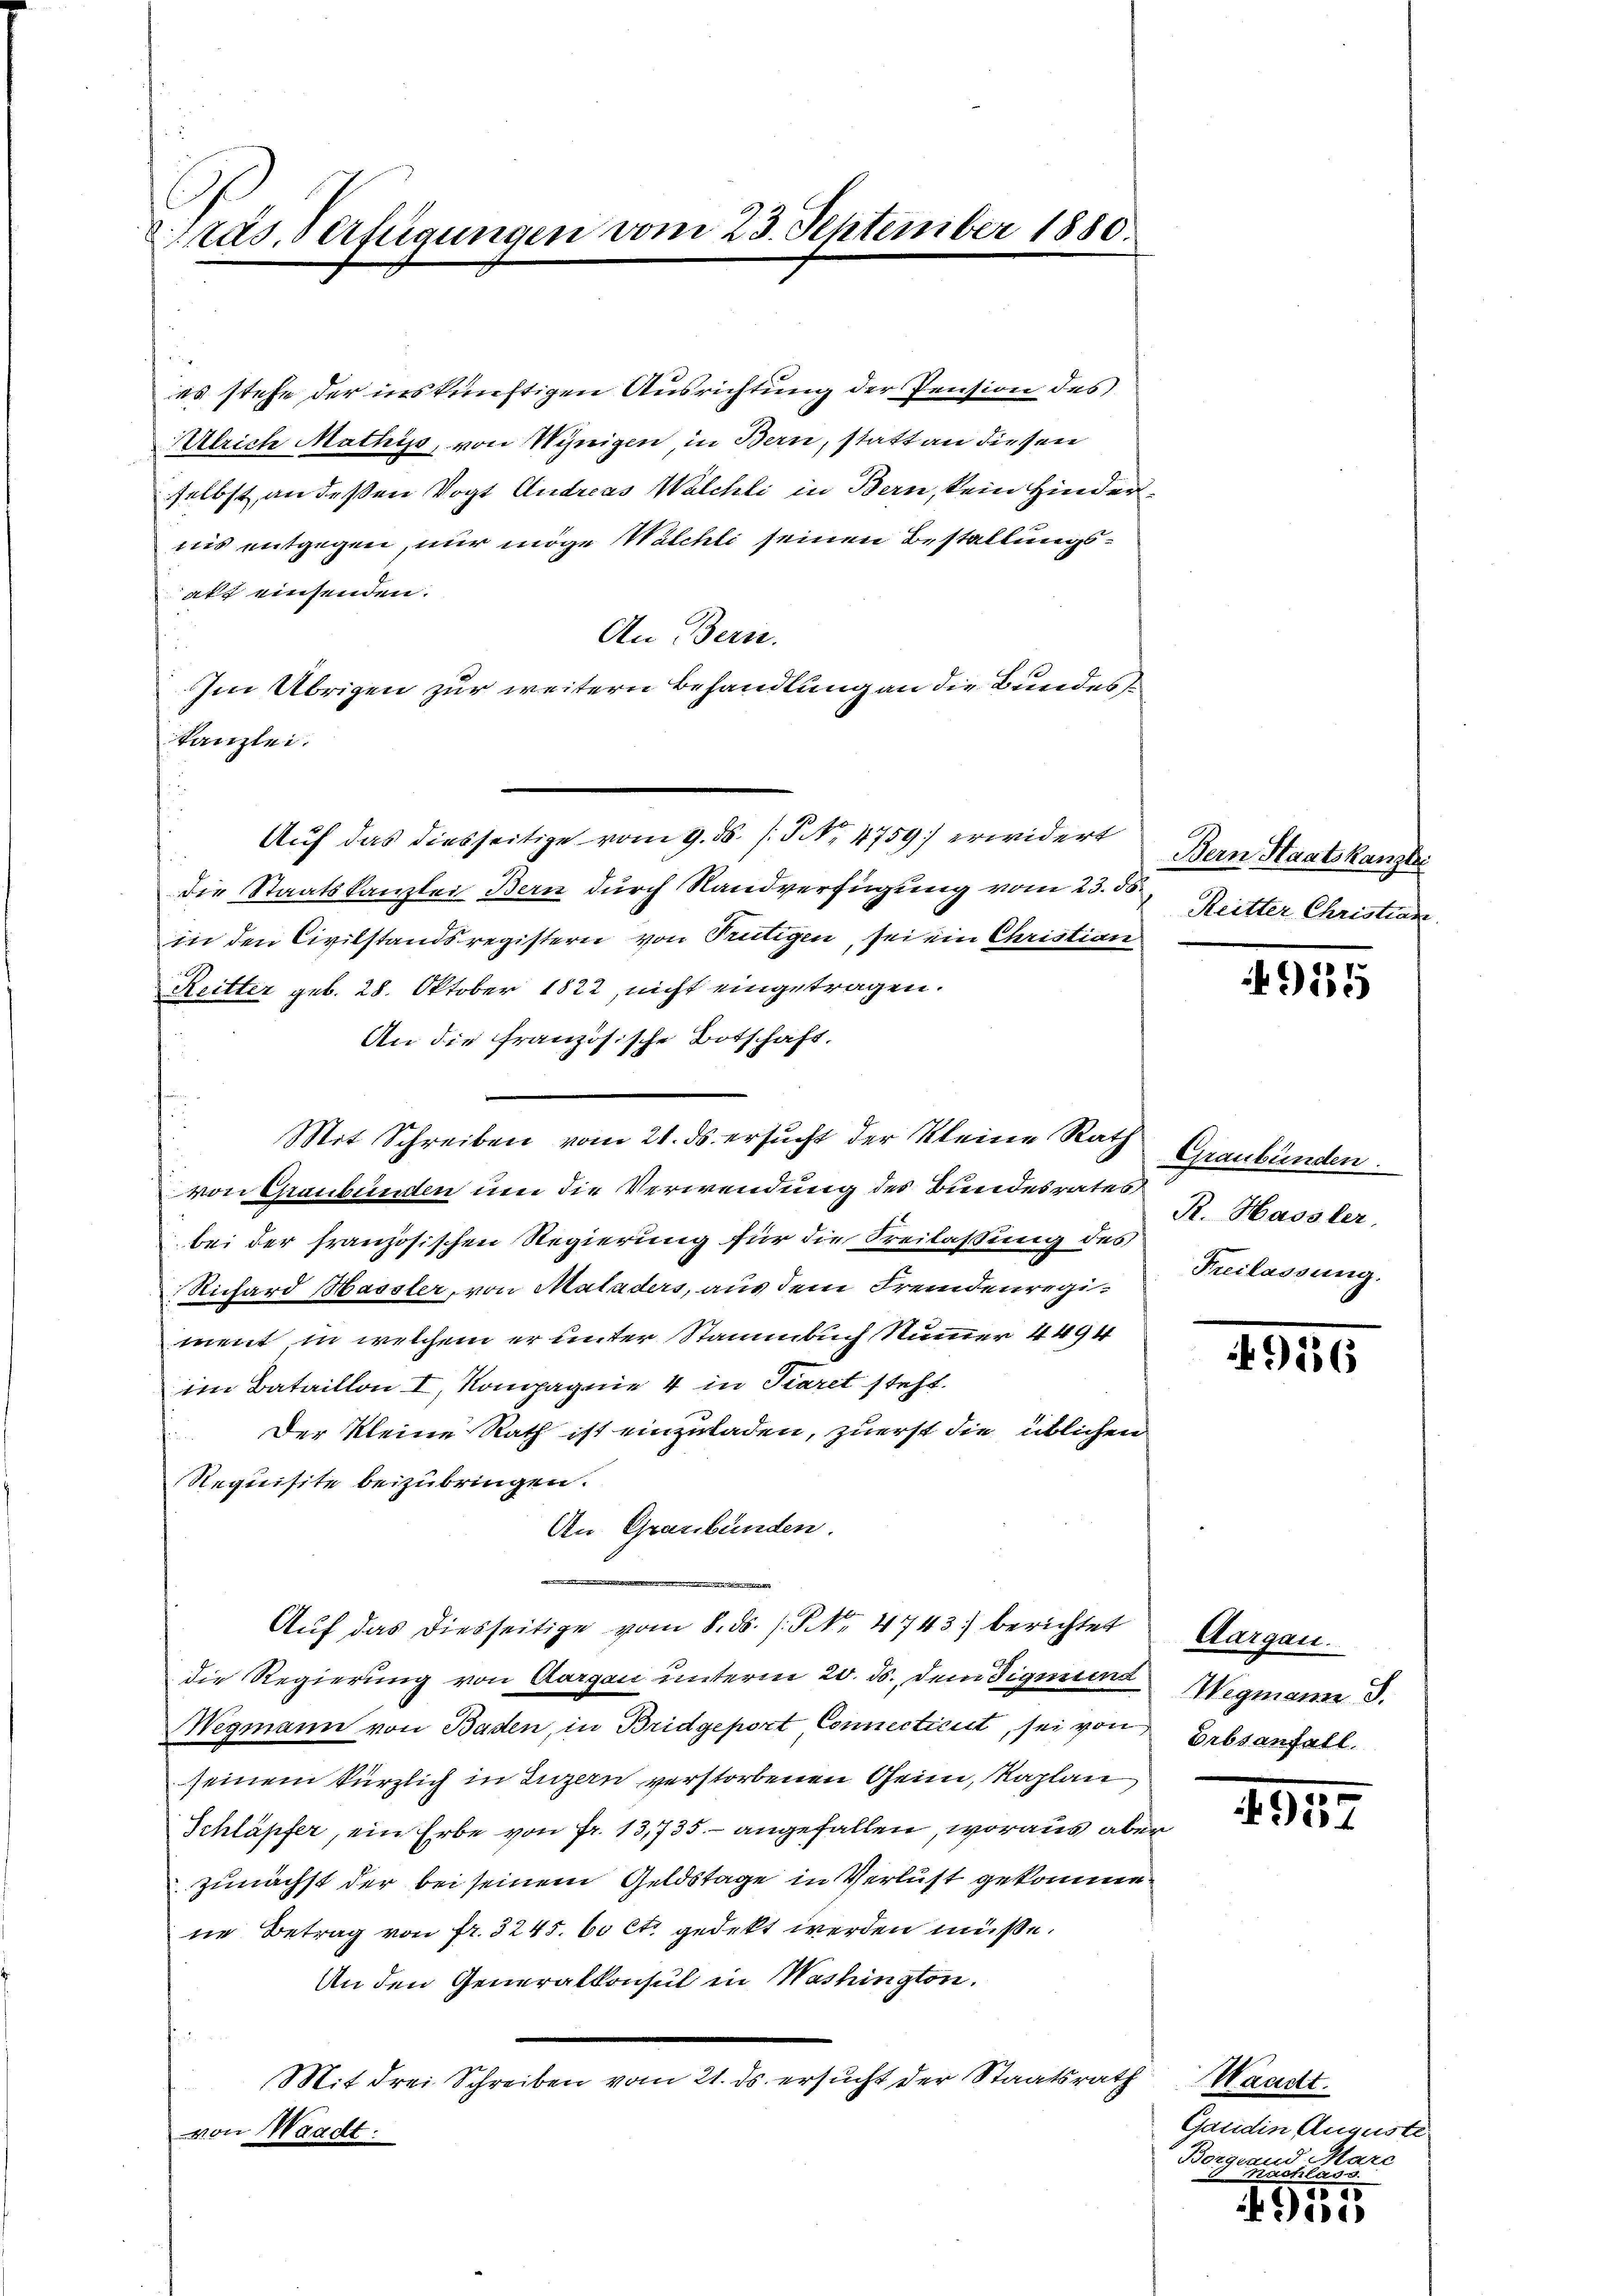
Präs. Verfügungen vom 23. September 1880.

es stehe der inskünftigen Ausrichtung der Pension des
Ulrich Mathys, von Winigen, in Bern, statt an diesen
selbst, an deßen Vogt Andreas Walchli in Bern, kein Hinderuus entgegen, nur möge Walchli seinen Bestallungsakt einsenden.
An Bern.
Im Übrigen zur weitern Behandlung an die Bundestanzlei.
Auf das diesseitige vom 9. ds. (S. 4759 erwidert
die Staatskanzlei Bern durch Sandverfügung vom 23. ds.
in den Civilstandsregistern von Prütigen, sei ein Christian
Reitter geb. 28. Oktober 1822, nicht eingetragen.
An die französische Botschaft,
Mit Schreiben vom 21. ds. ersucht der Kleine Rath Graubünden.
von Graubünden um die Verwendung des Bundesrates R. Hassler.
bei der französischen Regierung für die Freilassung des
Richard Masster, von Maladers, aus dem Fremdenregiment, in welchem er unter Stammbuch Nummer 4494
im Bataillon I, Kompagnie 4 in Fiaret steht.
 Der Kleine Rath ist einzuladen, zuerst die üblichen
Requisite beizubringen.
An Graubünden.
 ds Frage einge
Auf das diesseitige vom 8. ds. s. S. Nr. 4743) berichtet
die Regierung von Aargau unterm 20. ds., dem Sigmund
Wegmann von Baden, in Bridgeport Connecticit, sei von
seinem kürzlich in Luzern verstorbenen Oheim, Kaplan
Schläpfer, ein Erbe von fr. 13,735. angefallen, woraus aber
zunächst der bei seinem Geldstage in Verlust gekomme
ne Betrag von fr. 3245. 60 Ct. gedeckt werden müsse.
An den Generalkonsul in Washington.
Mit drei Schreiben vom 21. ds. ersucht der Staatsrath
von Waadt.

Bern Staatskanzler
Reitter Christian

9185

Freilassung.

156

Aargau.
Wegmann S.
Erbsanfall.

I.
e

Waadt.
Gandin Auguste
Borgrand Marc
Kuchlag
e
4

kiere